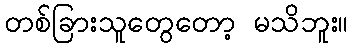
တစ်ခြားသူတွေတော့ မသိဘူး။